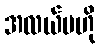
အလယ်ဗဟို